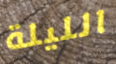
الليلة